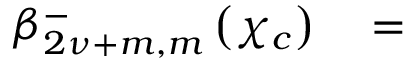
\begin{array} { r l } { \beta _ { 2 { \nu } + m , m } ^ { - } \left( \chi _ { c } \right) } & { { } = } \end{array}